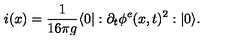
i ( x ) = \frac { 1 } { 1 6 \pi g } \langle 0 | : \partial _ { t } \phi ^ { e } ( x , t ) ^ { 2 } : | 0 \rangle .